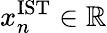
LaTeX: x_{n}^{\mathrm{IST}}\in\mathbb{R}